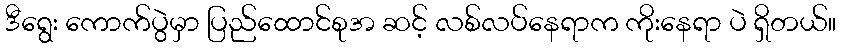
ဒီရွေး ကောက်ပွဲမှာ ပြည်ထောင်စုအ ဆင့် လစ်လပ်နေရာက ကိုးနေရာ ပဲ ရှိတယ်။